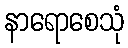
နာရောစေသုံ